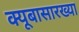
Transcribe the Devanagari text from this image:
क्यूबासारख्या